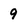
Character: 9